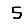
Digit: 5